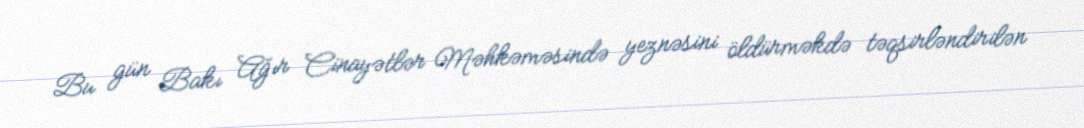
Bu gün Bakı Ağır Cinayətlər Məhkəməsində yeznəsini öldürməkdə təqsirləndirilən